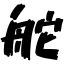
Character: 舵